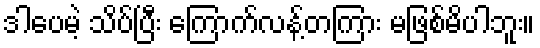
ဒါပေမဲ့ သိပ်ပြီး ကြောက်လန့်တကြား မဖြစ်မိပါဘူး။